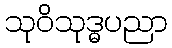
သုဝိသုဒ္ဓပညာ